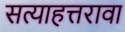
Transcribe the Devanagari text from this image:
सत्याहत्तरावा